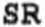
SR